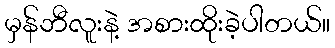
မှန်ဘီလူးနဲ့ အစားထိုးခဲ့ပါတယ်။